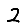
Digit: 2